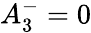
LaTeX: A_{3}^{-}=0